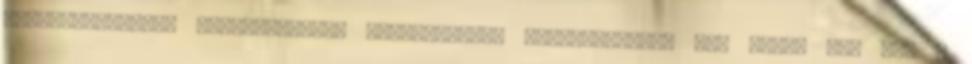
menekültkérdést pártpolitikai csatározássá züllesztették le? Miért nem kap a